Proceedings of the meeting of veterinary officers in India
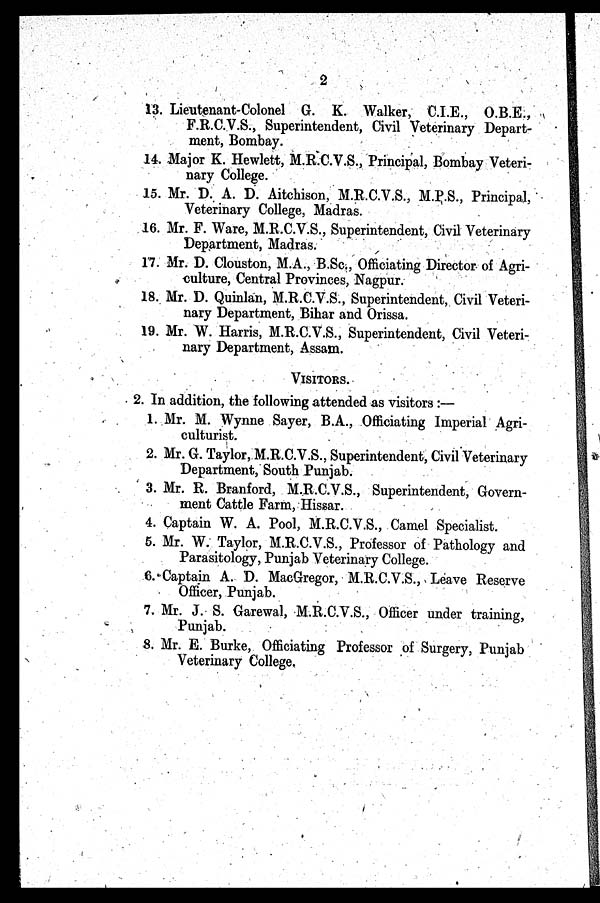
2
13. Lieutenant-Colonel G. K. Walker, C.I.E., O.B.E.,
F.R.C.V.S., Superintendent, Civil Veterinary Depart-
ment, Bombay.
14. Major K. Hewlett, M.R.C.V.S., Principal, Bombay Veteri-
nary College.
15. Mr. D. A. D. Aitchison, M.R.C.V.S., M.P.S., Principal,
Veterinary College, Madras.
16. Mr. F. Ware, M.R.C.V.S., Superintendent, Civil Veterinary
Department, Madras.
17. Mr. D. Clouston, M.A., B.Sc., Officiating Director of Agri-
culture, Central Provinces, Nagpur.
18. Mr. D. Quinlan, M.R.C.V.S., Superintendent, Civil Veteri-
nary Department, Bihar and Orissa.
19. Mr. W. Harris, M.R.C.V.S., Superintendent, Civil Veteri-
nary Department, Assam.
VISITORS.
2. In addition, the following attended as visitors :—
1. Mr. M. Wynne Sayer, B.A., Officiating Imperial Agri-
culturist.
2. Mr. G. Taylor, M.R.C.V.S., Superintendent, Civil Veterinary
Department, South Punjab.
3. Mr. R. Branford, M.R.C.V.S., Superintendent, Govern-
ment Cattle Farm, Hissar.
4. Captain W. A. Pool, M.R.C.V.S., Camel Specialist.
5. Mr. W. Taylor, M.R.C.V.S., Professor of Pathology and
Parasitology, Punjab Veterinary College.
6. Captain A. D. MacGregor, M.R.C.V.S., Leave Reserve
Officer, Punjab.
7. Mr. J. S. Garewal, M.R.C.V.S., Officer under training,
Punjab.
8. Mr. E. Burke, Officiating Professor of Surgery, Punjab
Veterinary College.